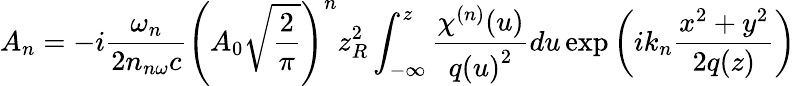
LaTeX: {{A}_{n}}=-i{\frac{{\omega}_{n}}{2{{n}_{n\omega}}c}}{{\left({{A}_{0}}{\sqrt{\frac{2}{\pi}}}\right)}^{n}}z_{R}^{2}\int_{-\infty}^{z}{{\frac{{{\chi}^{(n)}}(u)}{q{{(u)}^{2}}}}du}\exp\left(i{{k}_{n}}{\frac{{{x}^{2}}+{{y}^{2}}}{2q(z)}}\right)